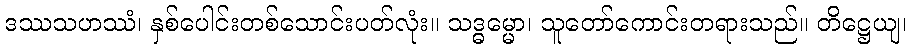
ဒဿသဟဿံ၊ နှစ်ပေါင်းတစ်သောင်းပတ်လုံး။ သဒ္ဓမ္မော၊ သူတော်ကောင်းတရားသည်။ တိဋ္ဌေယျ၊